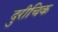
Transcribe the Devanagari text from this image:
दुरीचिक